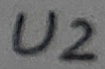
Text: U2